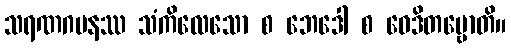
သရဏဂမနဿ သံကိလေသော စ ဘေဒေါ စ ဝေဒိတဗ္ဗောတိ။